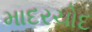
માદરચોદ